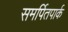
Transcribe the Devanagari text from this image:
समर्पितपार्क